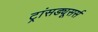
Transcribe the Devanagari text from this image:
ट्रांसड्यूसर्स